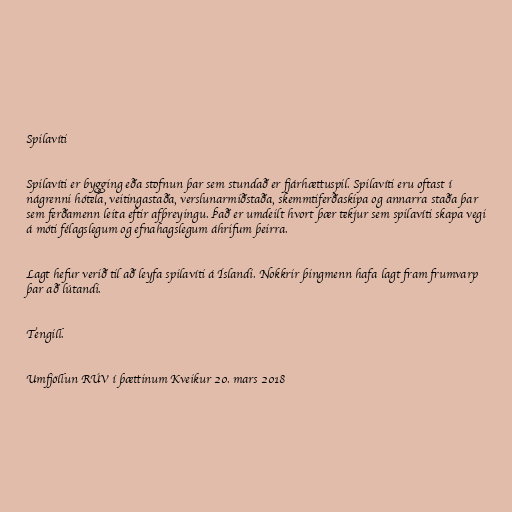
Spilavíti

Spilavíti er bygging eða stofnun þar sem stundað er fjárhættuspil. Spilavíti eru oftast í
nágrenni hótela, veitingastaða, verslunarmiðstaða, skemmtiferðaskipa og annarra staða þar
sem ferðamenn leita eftir afþreyingu. Það er umdeilt hvort þær tekjur sem spilavíti skapa vegi
á móti félagslegum og efnahagslegum áhrifum þeirra.

Lagt hefur verið til að leyfa spilavíti á Íslandi. Nokkrir þingmenn hafa lagt fram frumvarp
þar að lútandi.

Tengill.

Umfjöllun RÚV í þættinum Kveikur 20. mars 2018